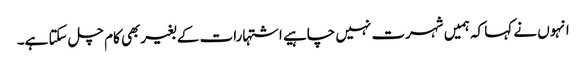
انہوں نے کہا کہ ہمیں شہرت نہیں چاہیے اشتہارات کے بغیربھی کام چل سکتا ہے۔